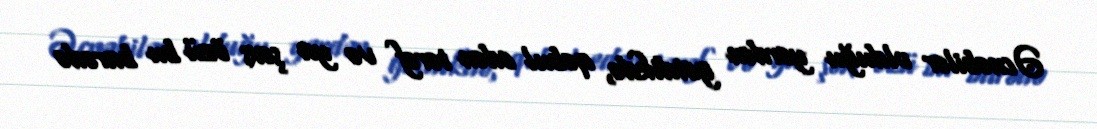
Əcnəbilər olduğu yerdən getdikdə, qəbul edən tərəf və ya şəxs özü bu barədə